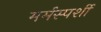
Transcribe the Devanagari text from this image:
मर्मस्‍पर्शी